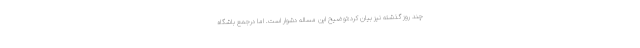
چند روز گذشته نیز بیان کرد:توضیح این مساله دشوار است. اما درجمع باشگاه